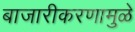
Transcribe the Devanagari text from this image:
बाजारीकरणामुळे